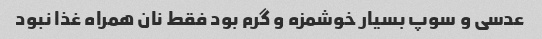
عدسی و سوپ بسیار خوشمزه و گرم بود فقط نان همراه غذا نبود